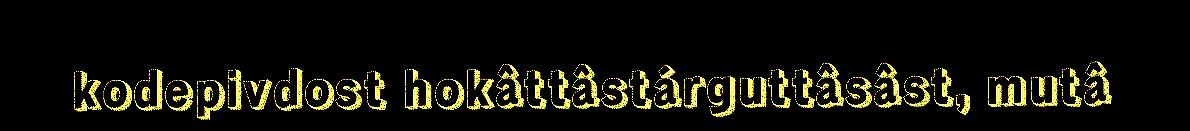
kodepivdost hokâttâstárguttâsâst, mutâ